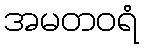
အမတဝရံ